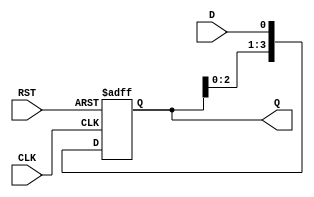
module ShiftRegister (
    input        CLK,      // Clock input
    input        RST,      // Asynchronous reset
    input        D,        // Data input
    output [3:0] Q         // Data output (4 bits)
);

    reg [3:0] shift_reg;    // Internal shift register (4 bits)

    // Always block that handles the shifting on the clock edge and asynchronous reset
    always @(posedge CLK or posedge RST) begin
        if (RST) begin
            shift_reg <= 4'b0000;  // Clear the register on reset
        end else begin
            shift_reg <= {shift_reg[2:0], D};  // Shift right and load new data
        end
    end

    assign Q = shift_reg;     // Assign the internal register value to output

endmodule